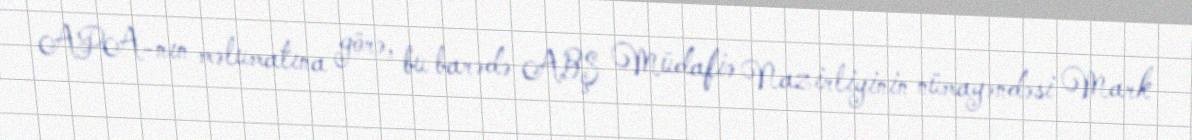
APA-nın məlumatına görə, bu barədə ABŞ Müdafiə Nazirliyinin nümayəndəsi Mark